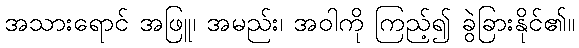
အသားရောင် အဖြူ၊ အမည်း၊ အဝါကို ကြည့်၍ ခွဲခြားနိုင်၏။